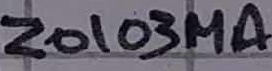
Text: Z0103MA